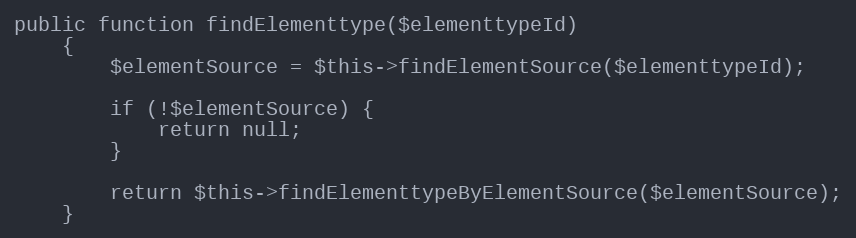
Language: PHP
public function findElementtype($elementtypeId)
    {
        $elementSource = $this->findElementSource($elementtypeId);

        if (!$elementSource) {
            return null;
        }

        return $this->findElementtypeByElementSource($elementSource);
    }